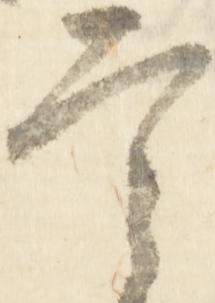
言